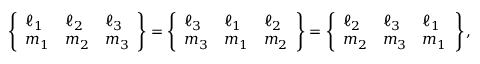
\left\{ \begin{array} { l l l } { \ell _ { 1 } } & { \ell _ { 2 } } & { \ell _ { 3 } } \\ { m _ { 1 } } & { m _ { 2 } } & { m _ { 3 } } \end{array} \right\} = \left\{ \begin{array} { l l l } { \ell _ { 3 } } & { \ell _ { 1 } } & { \ell _ { 2 } } \\ { m _ { 3 } } & { m _ { 1 } } & { m _ { 2 } } \end{array} \right\} = \left\{ \begin{array} { l l l } { \ell _ { 2 } } & { \ell _ { 3 } } & { \ell _ { 1 } } \\ { m _ { 2 } } & { m _ { 3 } } & { m _ { 1 } } \end{array} \right\} ,